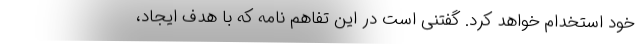
خود استخدام خواهد کرد. گفتنی است در این تفاهم نامه که با هدف ایجاد،